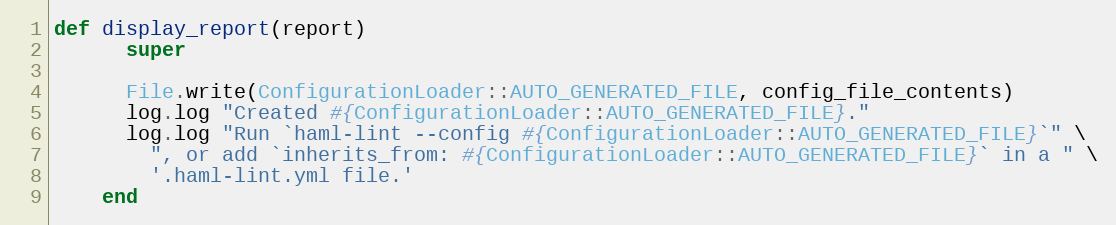
Language: Ruby
def display_report(report)
      super

      File.write(ConfigurationLoader::AUTO_GENERATED_FILE, config_file_contents)
      log.log "Created #{ConfigurationLoader::AUTO_GENERATED_FILE}."
      log.log "Run `haml-lint --config #{ConfigurationLoader::AUTO_GENERATED_FILE}`" \
        ", or add `inherits_from: #{ConfigurationLoader::AUTO_GENERATED_FILE}` in a " \
        '.haml-lint.yml file.'
    end